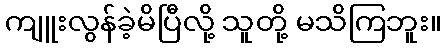
ကျူးလွန်ခဲ့မိပြီလို့ သူတို့ မသိကြဘူး။